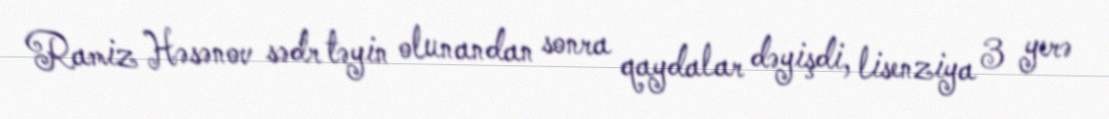
Ramiz Həsənov sədr təyin olunandan sonra qaydalar dəyişdi, lisenziya 3 yerə